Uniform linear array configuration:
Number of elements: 48
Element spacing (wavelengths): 0.75
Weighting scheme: binomial
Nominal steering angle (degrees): -60
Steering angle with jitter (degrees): -58.095
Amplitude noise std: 0.05
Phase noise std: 0.05

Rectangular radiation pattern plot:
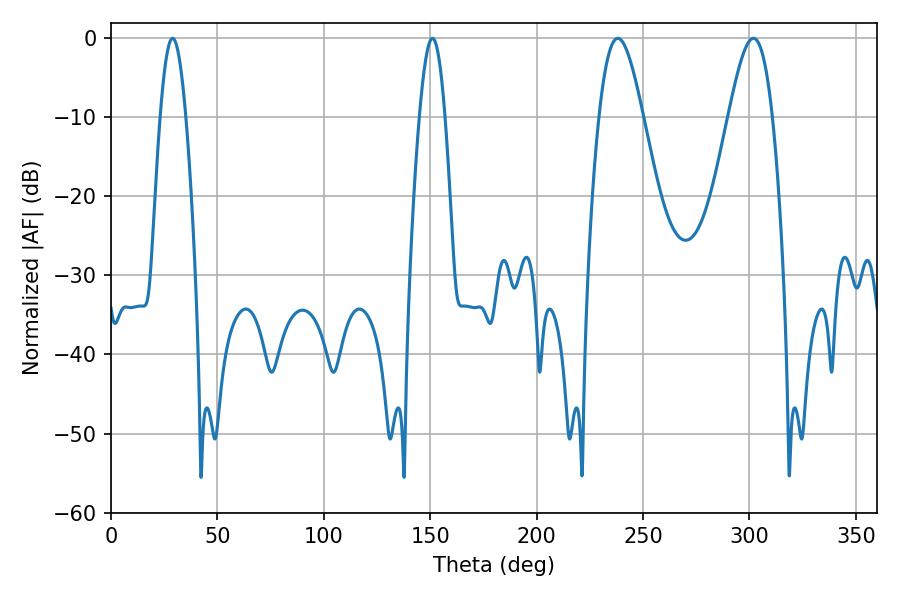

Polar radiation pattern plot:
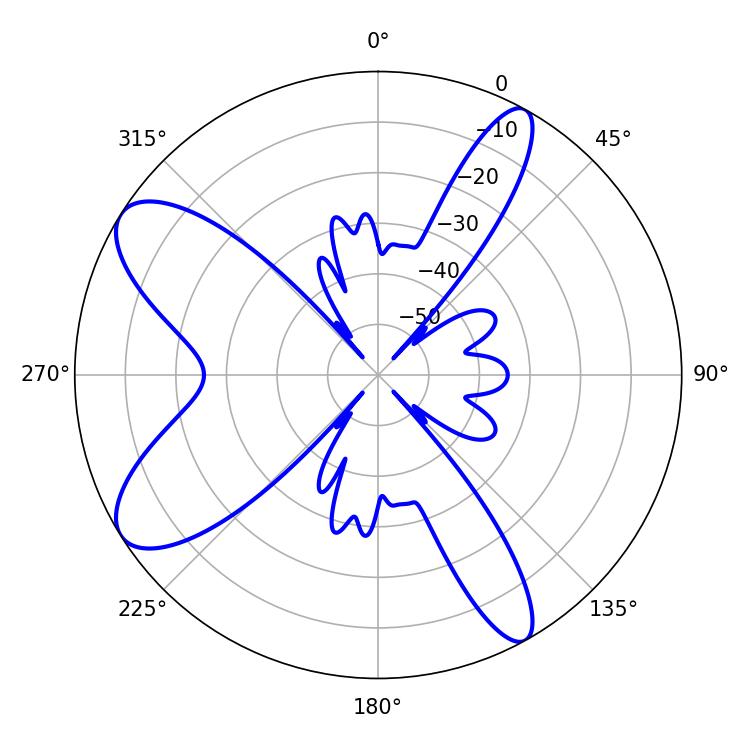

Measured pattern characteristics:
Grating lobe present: TRUE
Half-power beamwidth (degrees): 10.98
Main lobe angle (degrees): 238.14